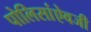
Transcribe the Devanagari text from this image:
पोलिसांऐवजी